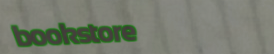
bookstore